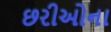
છરીઓના